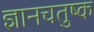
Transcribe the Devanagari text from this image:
ज्ञानचतुष्क